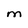
Character: M